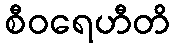
စီဝရေဟီတိ